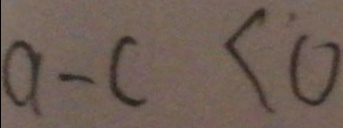
a - c < 0